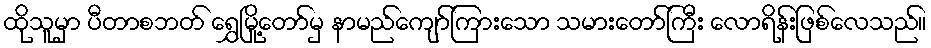
ထိုသူမှာ ပီတာစဘတ် ရွှေမြို့တော်မှ နာမည်ကျော်ကြားသော သမားတော်ကြီး လောရိန်းဖြစ်လေသည်။